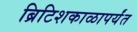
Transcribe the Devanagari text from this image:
ब्रिटिशकाळापर्यंत